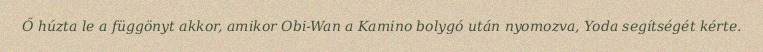
Ő húzta le a függönyt akkor, amikor Obi-Wan a Kamino bolygó után nyomozva, Yoda segítségét kérte.